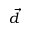
\vec { d }